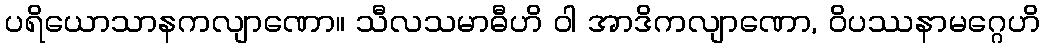
ပရိယောသာနကလျာဏော။ သီလသမာဓီဟိ ဝါ အာဒိကလျာဏော, ဝိပဿနာမဂ္ဂေဟိ